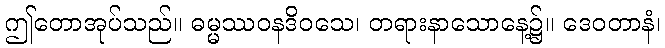
ဤတောအုပ်သည်။ ဓမ္မဿဝနဒိဝသေ၊ တရားနာသောနေ့၌။ ဒေဝတာနံ၊